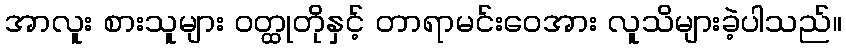
အာလူး စားသူများ ဝတ္ထုတိုနှင့် တာရာမင်းဝေအား လူသိများခဲ့ပါသည်။